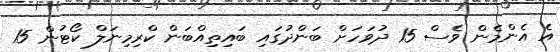
އެ އެންމެން ވެސް 15 ދުވަހަށް ބަންދުގައި ބައިތިއްބަން ކްރިމިނަލް ކޯޓުން 15